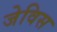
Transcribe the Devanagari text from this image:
जेविस